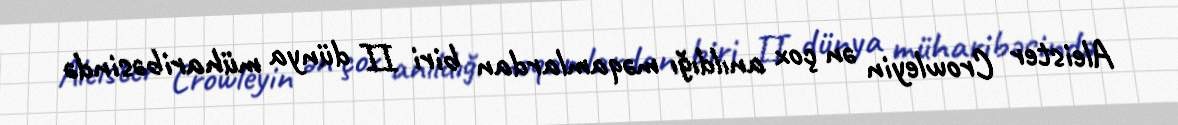
Aleister Crowleyin ən çox anıldığı məqamlardan biri II dünya müharibəsində